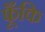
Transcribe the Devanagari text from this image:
फूँकि